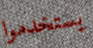
يستخدموا